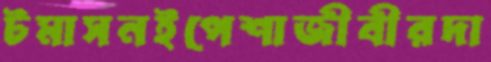
টমাসনইপেশাজীবীরদা